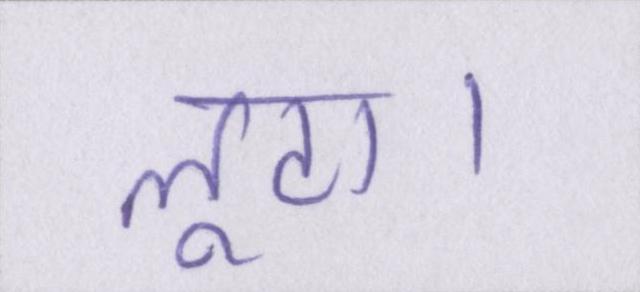
लूटा।